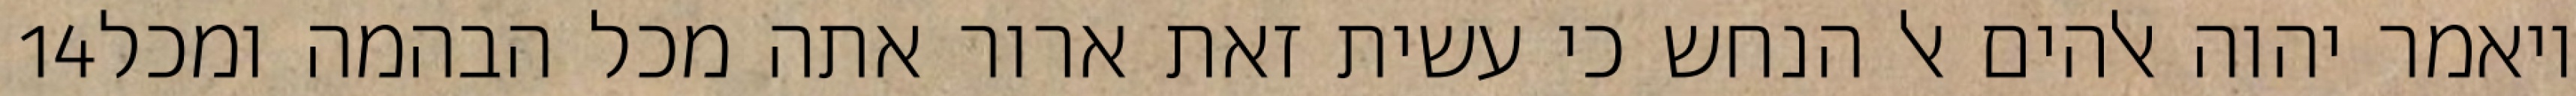
‎14‏ ויאמר יהוה אלהים אל הנחש כי עשית זאת ארור אתה מכל הבהמה ומכל